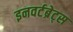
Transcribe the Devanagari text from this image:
इनवर्टब्रेट्स